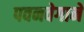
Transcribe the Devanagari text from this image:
पवनवेगाने